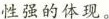
性强的体现。